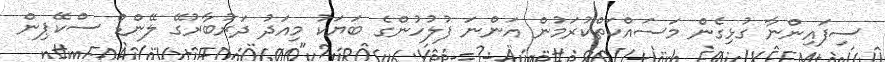
ސިފައިންނާ ގުޅިގެން މަސައްކަތްކުރަމުން އަންނަ ފުލުހުންގެ ބަޔަކު މިއަދު ދަރުބާރުގޭ ލޭންޑް ސްކޭޕިން